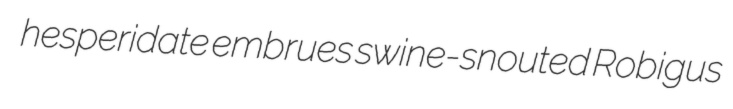
hesperidate embrues swine-snouted Robigus